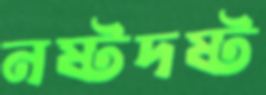
নষ্টদষ্ট